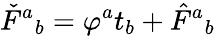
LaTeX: \check{F}{}^{a}{}_{b}=\varphi^{a}t_{b}+\hat{F}{}^{a}{}_{b}